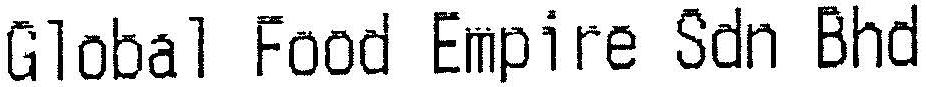
GLOBAL FOOD EMPIRE SDN BHD